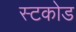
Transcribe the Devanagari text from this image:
स्टकोड